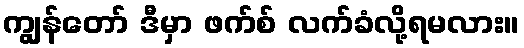
ကျွန်တော် ဒီမှာ ဖက်စ် လက်ခံလို့ရမလား။